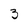
Character: 3